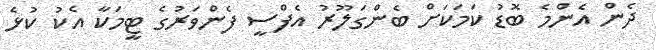
ދެން އެންމެ ބޮޑު ކަމަކަށް ބެންގަލޫރު އެފްސީ ފެންވަރުގެ ޓީމަކާ އެކު ކުޅެ